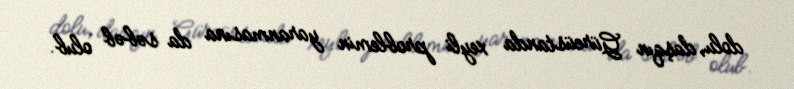
dolu, daşqın Gürcüstanda xeyli problemin yaranmasına da səbəb olub.